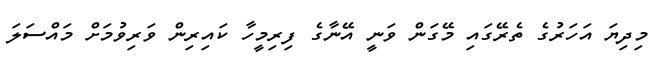
މިދިޔަ އަހަރުގެ ތެރޭގައި މޭގަން ވަނީ އޭނާގެ ފިރިމީހާ ކައިރިން ވަރިވުމަށް މައްސަލަ